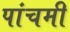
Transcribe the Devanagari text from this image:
पांचमी